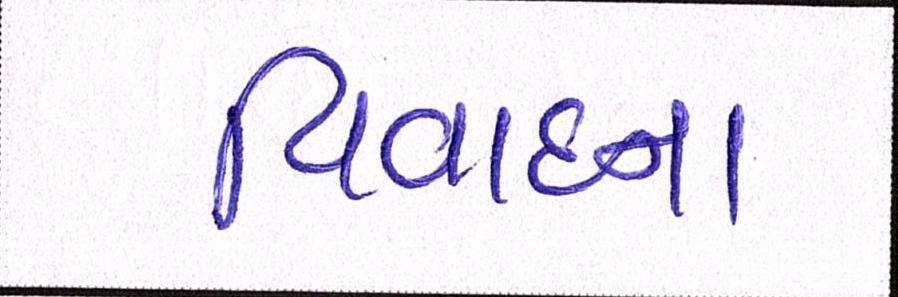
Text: વિવાદના